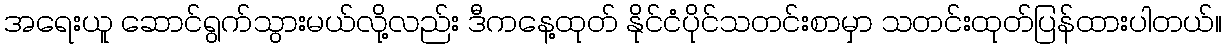
အရေးယူ ဆောင်ရွက်သွားမယ်လို့လည်း ဒီကနေ့ထုတ် နိုင်ငံပိုင်သတင်းစာမှာ သတင်းထုတ်ပြန်ထားပါတယ်။